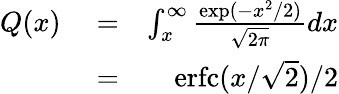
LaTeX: \begin{array}{rlr}{Q(x)}&{{}=}&{\int_{x}^{\infty}\frac{\exp(-x^{2}/2)}{\sqrt{2\pi}}dx}\\ {\ }&{{}=}&{\mathrm{erfc}(x/\sqrt{2})/2}\end{array}